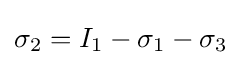
\sigma _{2}=I_{1}-\sigma _{1}-\sigma _{3}